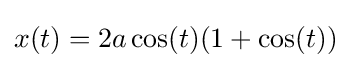
x(t)=2a\cos(t)(1+\cos(t))